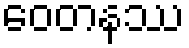
ဝေတနဿ